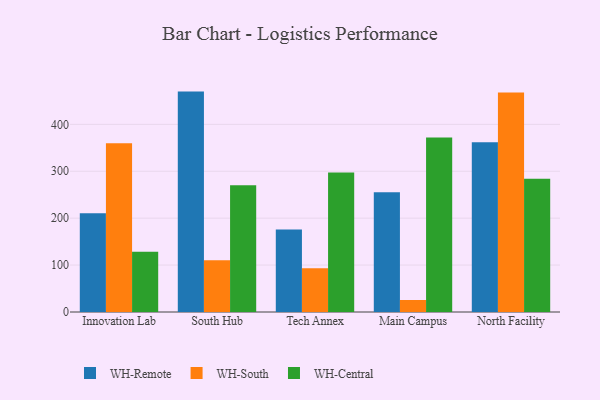
{"axis": {"x": "Campus", "y": "Satisfaction Score"}, "legend": ["WH-Central", "WH-Remote", "WH-South"], "data": [{"x": "Innovation Lab", "y": 210.5, "type": "WH-Remote"}, {"x": "Innovation Lab", "y": 359.8, "type": "WH-South"}, {"x": "Innovation Lab", "y": 128.4, "type": "WH-Central"}, {"x": "South Hub", "y": 469.8, "type": "WH-Remote"}, {"x": "South Hub", "y": 110.2, "type": "WH-South"}, {"x": "South Hub", "y": 270.0, "type": "WH-Central"}, {"x": "Tech Annex", "y": 176.1, "type": "WH-Remote"}, {"x": "Tech Annex", "y": 93.4, "type": "WH-South"}, {"x": "Tech Annex", "y": 297.6, "type": "WH-Central"}, {"x": "Main Campus", "y": 255.3, "type": "WH-Remote"}, {"x": "Main Campus", "y": 25.6, "type": "WH-South"}, {"x": "Main Campus", "y": 372.0, "type": "WH-Central"}, {"x": "North Facility", "y": 362.1, "type": "WH-Remote"}, {"x": "North Facility", "y": 467.8, "type": "WH-South"}, {"x": "North Facility", "y": 284.0, "type": "WH-Central"}]}